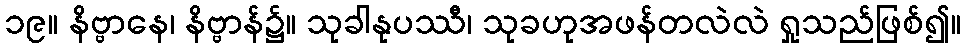
၁၉။ နိဗ္ဗာနေ၊ နိဗ္ဗာန်၌။ သုခါနုပဿီ၊ သုခဟုအဖန်တလဲလဲ ရှုသည်ဖြစ်၍။